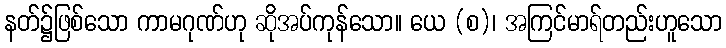
နတ်၌ဖြစ်သော ကာမဂုဏ်ဟု ဆိုအပ်ကုန်သော။ ယေ (စ)၊ အကြင်မာရ်တည်းဟူသော